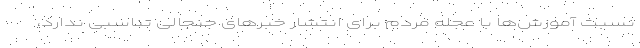
نسبت آموزش‌ها با عجله مردم برای انتشار خبرهای جنجالی تناسبی ندارد،